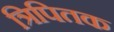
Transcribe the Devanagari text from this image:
त्रिपितक